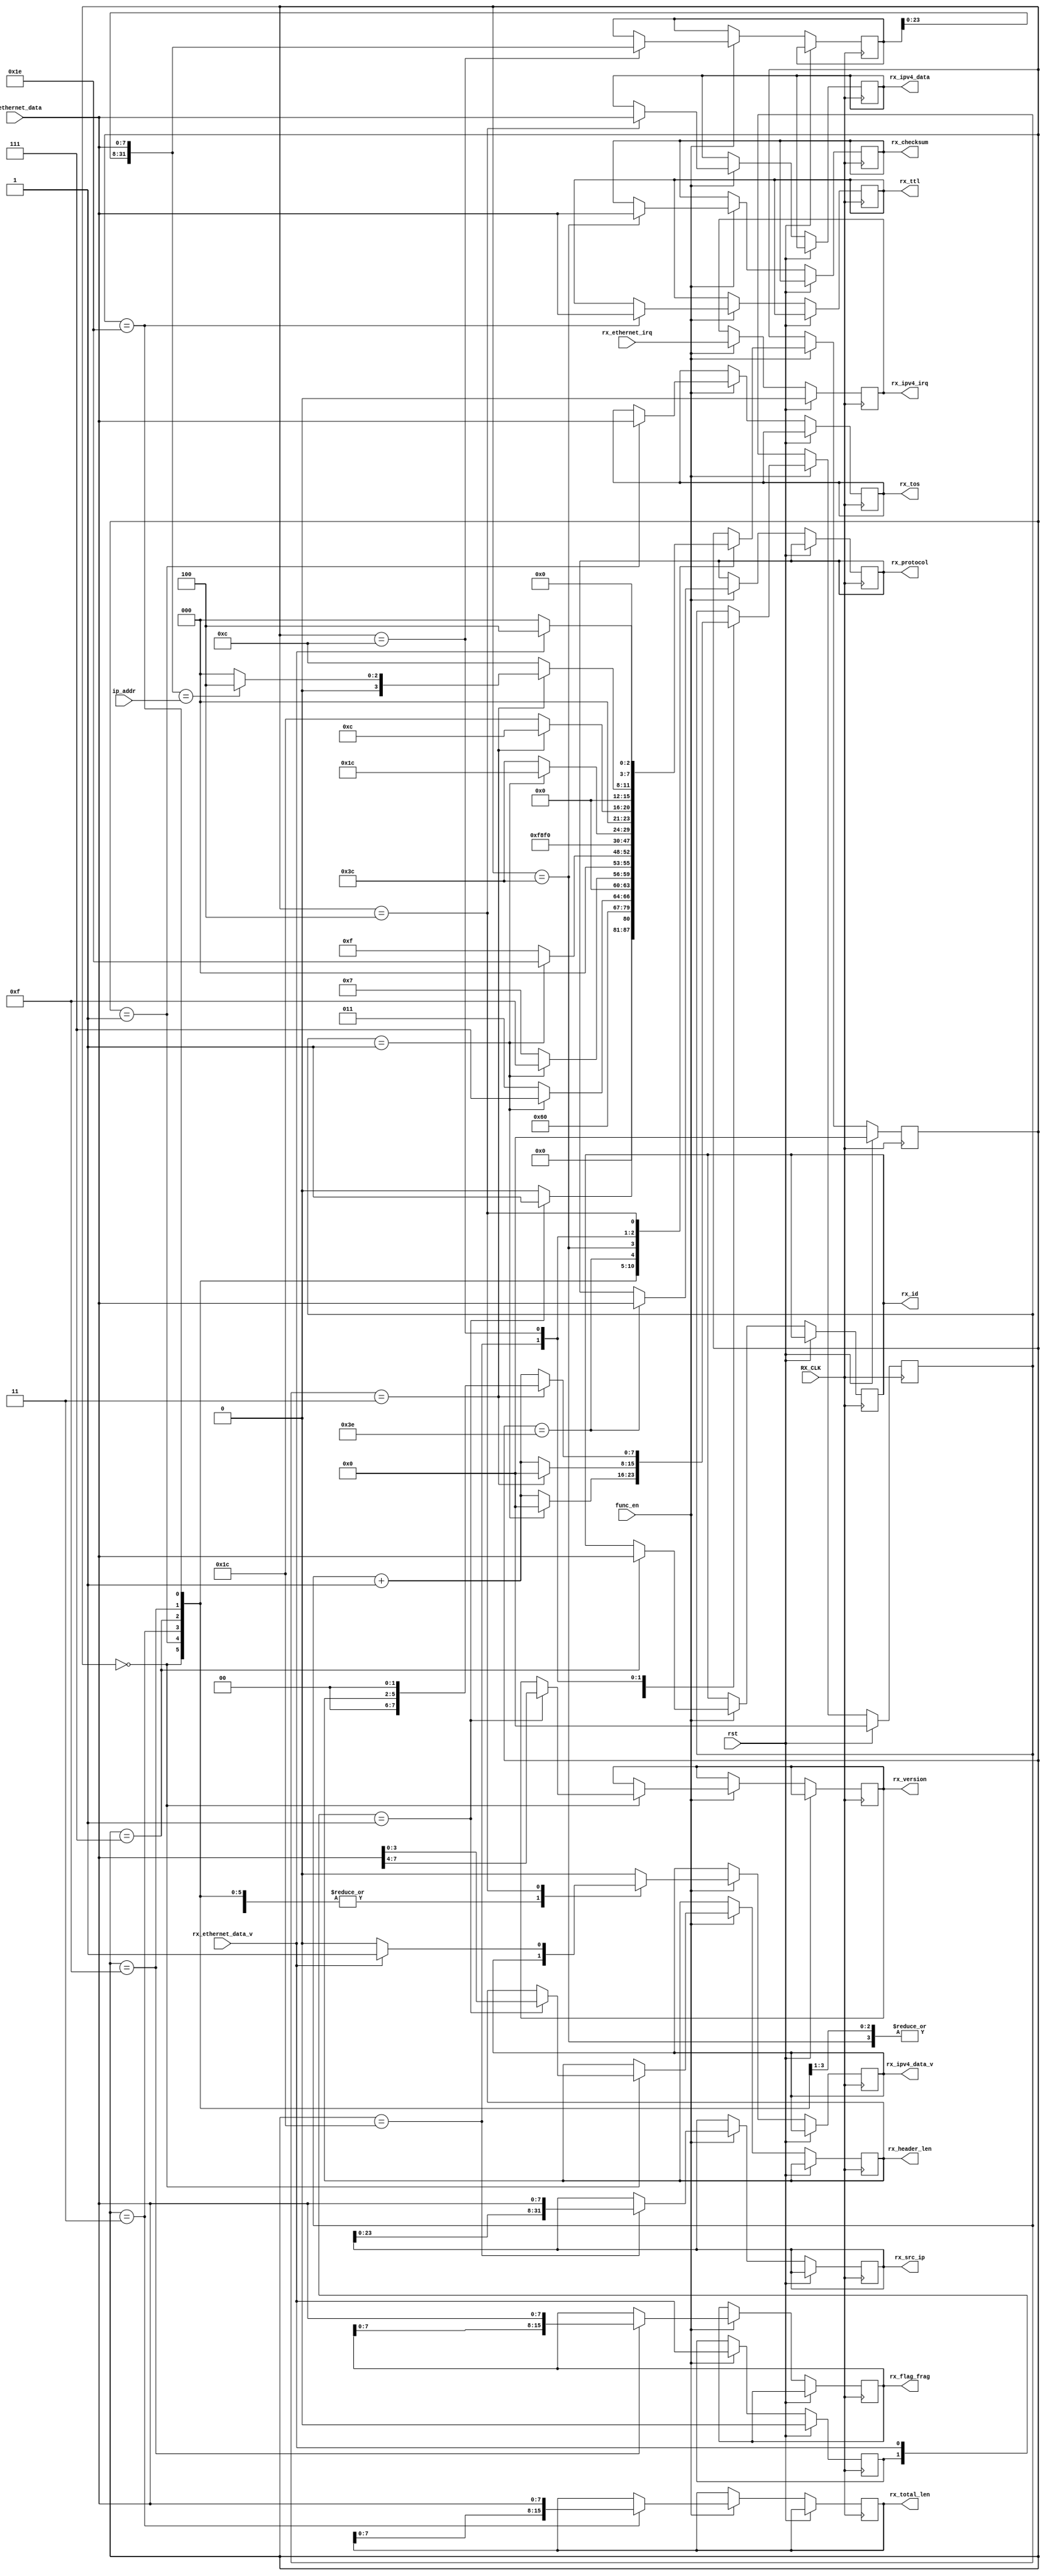
`default_nettype none
module rx_ipv4 #(
    parameter   OCT = 8,
    parameter   UDP = 8'h11
)(
    input   wire                rst,
    input   wire                func_en,
    input   wire    [OCT*4-1:0] ip_addr,
    output  reg     [OCT*4-1:0] rx_src_ip,
    output  reg     [3:0]       rx_version,
    output  reg     [3:0]       rx_header_len,
    output  reg     [OCT-1:0]   rx_tos,
    output  reg     [OCT*2-1:0] rx_total_len,
    output  reg     [OCT-1:0]   rx_id,
    output  reg     [OCT*2-1:0] rx_flag_frag,
    output  reg     [OCT-1:0]   rx_ttl,
    output  reg     [OCT-1:0]   rx_protocol,
    output  reg     [OCT-1:0]   rx_checksum,
    input   wire                rx_ethernet_irq,
    output  reg                 rx_ipv4_irq,

    input   wire                RX_CLK,
    input   wire                rx_ethernet_data_v,
    input   wire    [OCT-1:0]   rx_ethernet_data,

    output  reg                 rx_ipv4_data_v,
    output  reg     [OCT-1:0]   rx_ipv4_data
);

    parameter RX_IHL_VER    = 8'b00000000;
    parameter RX_TOS        = 8'b00000001;
    parameter RX_TOTAL_LEN  = 8'b00000011;
    parameter RX_ID         = 8'b00000111;
    parameter RX_FLAG_FRAG  = 8'b00001111;
    parameter RX_TTL        = 8'b00011110;
    parameter RX_PROTOCOL   = 8'b00111110;
    parameter RX_CHECKSUM   = 8'b00111100;
    parameter RX_SRC_IP     = 8'b00011100;
    parameter RX_DST_IP     = 8'b00001100;
    parameter RX_DATA       = 8'b00000100;

    reg [OCT-1:0]   rx_state;

    reg [OCT*4-1:0] rx_dst_ip;
    //reg [OCT*36-1:0] rx_option;
    
    reg [OCT-1:0]   data_cnt;
    reg rx_ethernet_data_vp;

    always @(posedge RX_CLK) begin 
        if(rst) begin
            rx_state    <= RX_IHL_VER;
            data_cnt    <= 16'h0000;
            rx_ipv4_irq <= 1'b0;
            rx_ethernet_data_vp <= 1'b0;
        end else if(func_en) begin
            rx_ipv4_irq <= rx_ethernet_irq;
            rx_ethernet_data_vp <= rx_ethernet_data_v;
            case(rx_state)
                RX_IHL_VER  : begin
                    if({rx_ethernet_data_vp, rx_ethernet_data_v} == 2'b01) begin
                        rx_state    <= RX_TOS;
                        {rx_version, rx_header_len} <= rx_ethernet_data;
                    end else begin
                        rx_state <= RX_IHL_VER;
                    end
                end
                RX_TOS      : begin
                    rx_state    <= RX_TOTAL_LEN;
                    rx_tos      <= rx_ethernet_data;
                end
                RX_TOTAL_LEN: begin
                    if(data_cnt == 16'h0001) begin
                        rx_state    <= RX_ID;
                        data_cnt    <= 16'h0000;
                    end else begin
                        rx_state    <= RX_TOTAL_LEN;
                        data_cnt    <= data_cnt + 16'h0001;
                    end
                    rx_total_len <= {rx_total_len[OCT-1:0], rx_ethernet_data};
                end
                RX_ID       : begin
                    if(data_cnt == 16'h0001) begin
                        rx_state    <= RX_FLAG_FRAG;
                        data_cnt    <= 16'h0000;
                    end else begin
                        rx_state    <= RX_ID;
                        data_cnt    <= data_cnt + 16'h0001;
                    end
                    rx_id <= {rx_id[OCT-1:0], rx_ethernet_data};
                end
                RX_FLAG_FRAG: begin
                    if(data_cnt == 16'h0001) begin
                        rx_state    <= RX_TTL;
                        data_cnt    <= 16'h0000;
                    end else begin
                        rx_state    <= RX_FLAG_FRAG;
                        data_cnt    <= data_cnt + 16'h0001;
                    end
                    rx_flag_frag <= {rx_flag_frag[OCT-1:0], rx_ethernet_data};
                end
                RX_TTL      : begin
                    rx_state    <= RX_PROTOCOL;
                    rx_ttl      <= rx_ethernet_data;
                end
                RX_PROTOCOL : begin
                    rx_state    <= RX_CHECKSUM;
                    rx_protocol <= rx_ethernet_data;
                end
                RX_CHECKSUM : begin
                    if(data_cnt == 16'h0001) begin
                        rx_state    <= RX_SRC_IP;
                        data_cnt    <= 16'h0000;
                    end else begin
                        rx_state    <= RX_CHECKSUM;
                        data_cnt    <= data_cnt + 16'h0001;
                    end
                    rx_checksum <= {rx_checksum[OCT-1:0], rx_ethernet_data};
                end
                RX_SRC_IP   : begin
                    if(data_cnt == 16'h0003) begin
                        rx_state    <= RX_DST_IP;
                        data_cnt    <= 16'h0000;
                    end else begin
                        rx_state    <= RX_SRC_IP;
                        data_cnt    <= data_cnt + 16'h0001;
                    end
                    rx_src_ip <= {rx_src_ip[OCT*3-1:0], rx_ethernet_data};
                end
                RX_DST_IP   : begin
                    if(data_cnt == 16'h0003) begin
                        if({rx_dst_ip[OCT*3-1:0], rx_ethernet_data} == ip_addr) begin
                            rx_state    <= RX_DATA;
                        end else begin
                            rx_state    <= RX_IHL_VER;
                        end
                        // for total len cnt
                        data_cnt    <= {10'b00_0000_0000, rx_header_len, 2'b00};
                    end else begin
                        rx_state    <= RX_DST_IP;
                        data_cnt    <= data_cnt + 16'h0001;
                    end
                    rx_dst_ip <= {rx_dst_ip[OCT*3-1:0], rx_ethernet_data};
                end
                RX_DATA     : begin
                    if(rx_ethernet_data_v) begin
                        rx_state <= RX_DATA;
                        rx_ipv4_data_v <= 1'b1;
                    end else begin
                        rx_state <= RX_IHL_VER;
                        rx_ipv4_data_v <= 1'b0;
                    end
                    rx_ipv4_data <= rx_ethernet_data;
                    // count data lenght
                    case(rx_protocol)
                        UDP : begin
                        end
                        default : begin
                        end
                    endcase
                end
                default : begin
                    rx_ipv4_data_v <= 1'b0;
                end
            endcase
        end
    end
endmodule
`default_nettype wire